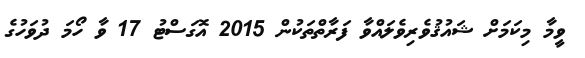
ވީމާ މިކަމަށް ޝައުޤުވެރިވެލައްވާ ފަރާތްތަކުން 2015 އޮގަސްޓު 17 ވާ ހޯމަ ދުވަހުގެ